Document type: Sale
Year: 1355
Scribe: Pere Borrell
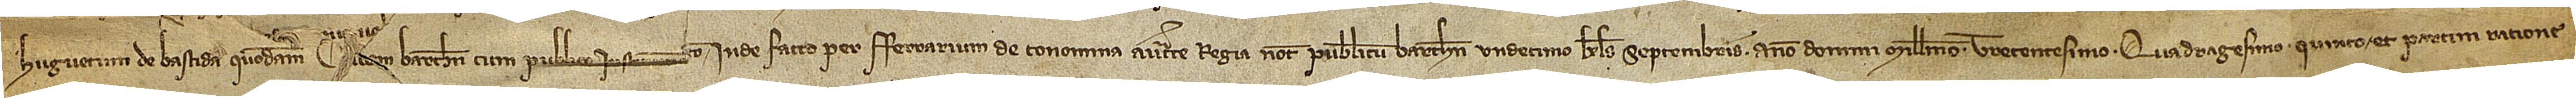
Huguetum de Bastida, quondam, civem Barchinone, cum publico instrumento inde facto per Ferrarium de Conomina, auctoritate regia notarium publicum Barchinone, undecimo kalendas septembris, anno Domini millesimo trecentesimo quadragesimo quinto; et partim ratione